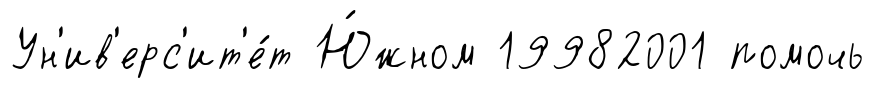
Ун'ив'ерс'ит'е́т Ю́жном 19982001 помочь